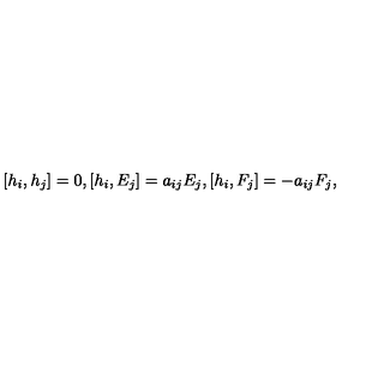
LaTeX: [ h _ { i } , h _ { j } ] = 0 , [ h _ { i } , E _ { j } ] = a _ { i j } E _ { j } , [ h _ { i } , F _ { j } ] = - a _ { i j } F _ { j } ,